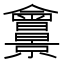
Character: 𠑱